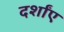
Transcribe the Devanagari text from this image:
दर्शांए